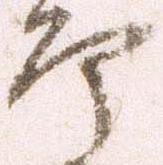
郎